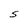
Character: S